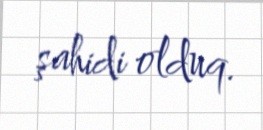
şahidi olduq.